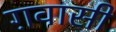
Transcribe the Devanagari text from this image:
ग़वासी